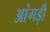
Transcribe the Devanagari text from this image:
आंगड़ी